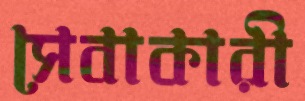
সেবাকারী